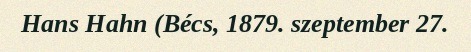
Hans Hahn (Bécs, 1879. szeptember 27.